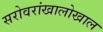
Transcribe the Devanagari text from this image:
सरोवरांखालोखाल